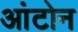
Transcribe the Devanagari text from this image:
आंटोन